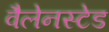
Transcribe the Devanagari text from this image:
वैलेनस्टेड